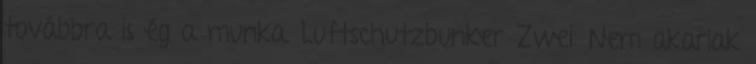
továbbra is ég a munka. Luftschutzbunker Zwei: Nem akarlak